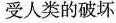
受人类的破坏